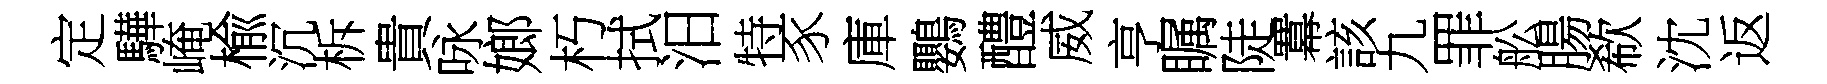
定驊崦楡沉柝貴咏嫏朽拭汨特豕庫鸚醴威亨瞩陡羃該九罪舩腸欷沈返